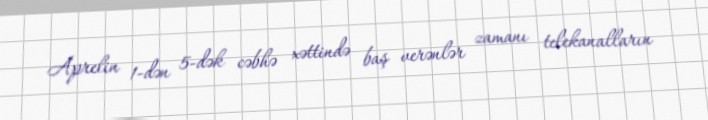
Aprelin 1-dən 5-dək cəbhə xəttində baş verənlər zamanı telekanalların